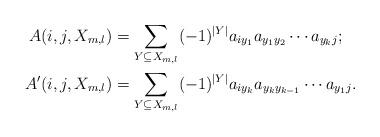
LaTeX: \begin{align*} A(i,j,X_{m,l}) &= \sum_{Y\subseteq X_{m,l}}(-1)^{|Y|}a_{iy_1}a_{y_1y_2}\cdots a_{y_kj};\\ A'(i,j,X_{m,l}) &= \sum_{Y\subseteq X_{m,l}}(-1)^{|Y|}a_{iy_k}a_{y_ky_{k-1}}\cdots a_{y_1j}. \end{align*}